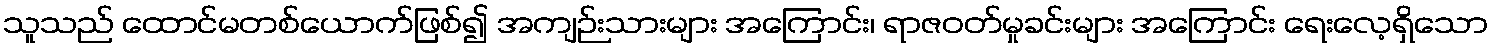
သူသည် ထောင်မတစ်ယောက်ဖြစ်၍ အကျဉ်းသားများ အကြောင်း၊ ရာဇဝတ်မှုခင်းများ အကြောင်း ရေးလေ့ရှိသော